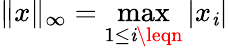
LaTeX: \| x\| _{\infty}=\max_{1\leq\mathit{i}\leqn}|x_{\mathit{i}}|